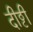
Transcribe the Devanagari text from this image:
दीट्ठी